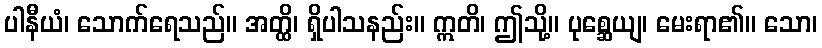
ပါနီယံ၊ သောက်ရေသည်။ အတ္ထိ၊ ရှိပါသနည်း။ ဣတိ၊ ဤသို့။ ပုစ္ဆေယျ၊ မေးရာ၏။ သော၊